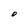
Character: O